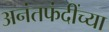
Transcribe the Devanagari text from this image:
अनंतफंदींच्या